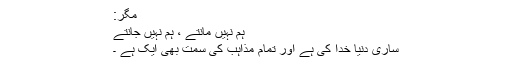
مگر:
ہم نہیں مانتے ، ہم نہیں جانتے
ساری دنیا خُدا کی ہے اور تمام مذاہب کی سمت بھی ایک ہے ۔